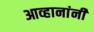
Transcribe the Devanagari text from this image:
आव्हानांनी